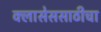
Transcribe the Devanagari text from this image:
क्लासेससाठीचा